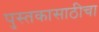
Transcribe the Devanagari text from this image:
पुस्तकासाठीचा